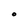
Character: O